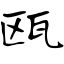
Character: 瓯